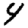
Digit: 4